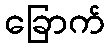
ခြောက်